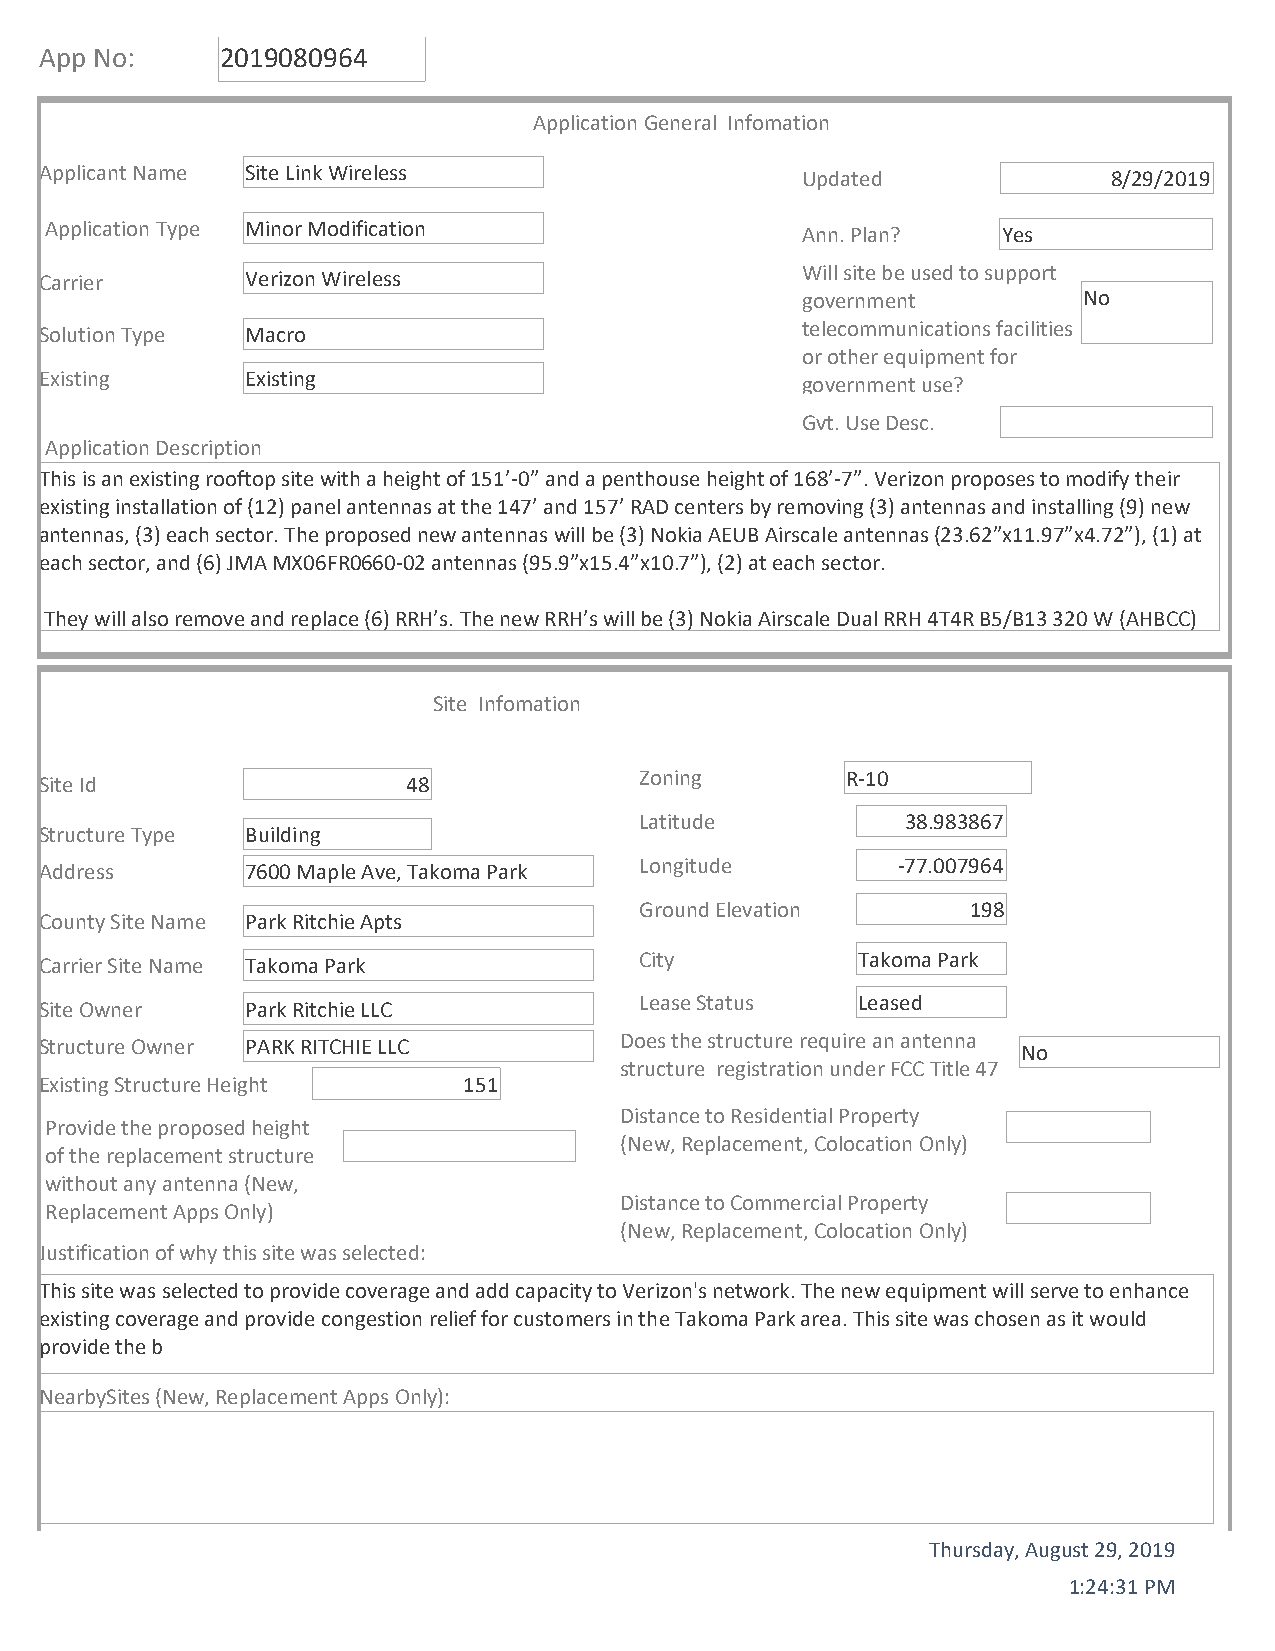
App No:     2019080964
 Application General Infomation
 Applicant Name Site Link Wireless                 Updated              8/29/2019
 Application Type Minor Modification               Ann. Plan?   Yes
 Will site be used to support
 Carrier      Verizon Wireless
 government         No
 telecommunications facilities
 Solution Type Macro
 or other equipment for
 Existing     Existing                             government use?
 Gvt. Use Desc.
 Application Description
 This is an existing rooftop site with a height of 151’‐0” and a penthouse height of 168’‐7”. Verizon proposes to modify their
 existing installation of (12) panel antennas at the 147’ and 157’ RAD centers by removing (3) antennas and installing (9) new
 antennas, (3) each sector. The proposed new antennas will be (3) Nokia AEUB Airscale antennas (23.62”x11.97”x4.72”), (1) at
 each sector, and (6) JMA MX06FR0660‐02 antennas (95.9”x15.4”x10.7”), (2) at each sector.
 They will also remove and replace (6) RRH’s. The new RRH’s will be (3) Nokia Airscale Dual RRH 4T4R B5/B13 320 W (AHBCC)
 Site Infomation
 Site Id                 48             Zoning        R‐10
 Latitude          38.983867
 Structure Type Building
 Address      7600 Maple Ave, Takoma Park Longitude      ‐77.007964
 Ground Elevation      198
 County Site Name Park Ritchie Apts
 Carrier Site Name Takoma Park          City           Takoma Park
 Site Owner   Park Ritchie LLC          Lease Status   Leased
 Structure Owner PARK RITCHIE LLC      Does the structure require an antenna No
 structure registration under FCC Title 47
 Existing Structure Height   151
 Distance to Residential Property
 Provide the proposed height
 (New, Replacement, Colocation Only)
 of the replacement structure
 without any antenna (New,
 Distance to Commercial Property
 Replacement Apps Only)
 (New, Replacement, Colocation Only)
 Justification of why this site was selected:
 This site was selected to provide coverage and add capacity to Verizon's network. The new equipment will serve to enhance
 existing coverage and provide congestion relief for customers in the Takoma Park area. This site was chosen as it would
 provide the b
 NearbySites (New, Replacement Apps Only):
 Thursday, August 29, 2019
 1:24:31 PM